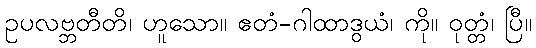
ဥပလဗ္ဘတီတိ၊ ဟူသော။ ဧတံ-ဂါထာဒွယံ၊ ကို။ ဝုတ္တံ၊ ပြီ။